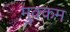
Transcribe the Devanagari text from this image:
मुक्कम